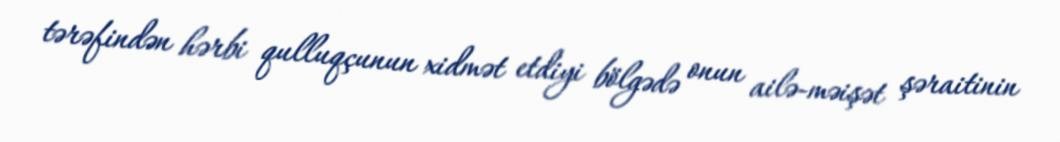
tərəfindən hərbi qulluqçunun xidmət etdiyi bölgədə onun ailə-məişət şəraitinin